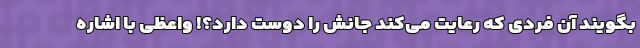
بگویند آن فردی که رعایت می‌کند جانش را دوست دارد؟! واعظی با اشاره